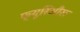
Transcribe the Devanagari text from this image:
फ्यूरिऔस